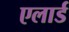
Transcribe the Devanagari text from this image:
एलार्ड